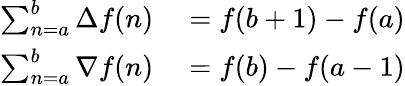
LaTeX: \begin{array}{rl}{\sum_{n=a}^{b}\Delta f(n)}&{{}=f(b+1)-f(a)}\\ {\sum_{n=a}^{b}\nabla f(n)}&{{}=f(b)-f(a-1)}\end{array}